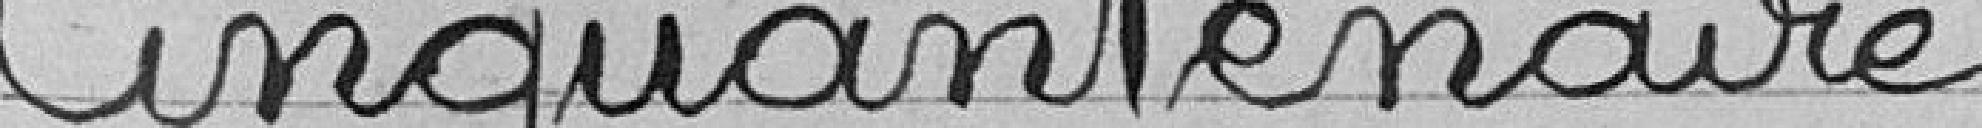
Cinquantenaire